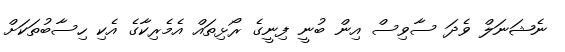
ނެޝަނަލް ވެދަ ސާވިސް އިން ބުނީ ފިނީގެ ރޯޅިތައް އެމެރިކާގެ އެކި ހިސާބުތަކަށް